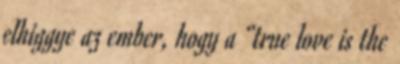
elhiggye az ember, hogy a “true love is the